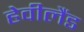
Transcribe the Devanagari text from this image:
हेवीलैंड